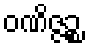
ဝဏိဇ္ဇဉ္စ